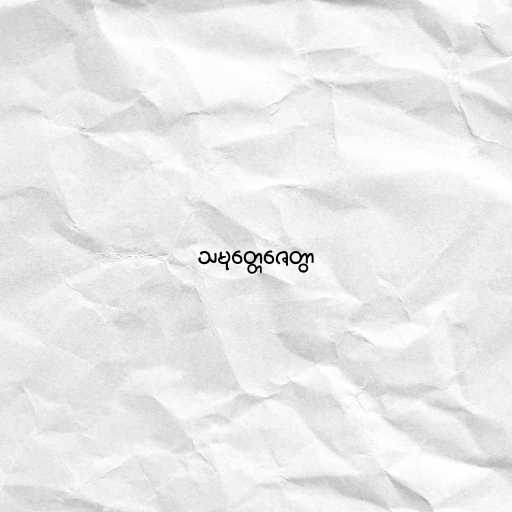
သမုတ္တေဇေတွာ